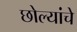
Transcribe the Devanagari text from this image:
छोल्यांचे